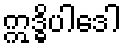
ဣဒ္ဓိပါဒေါ